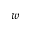
w